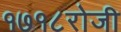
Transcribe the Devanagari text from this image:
१७१८रोजी